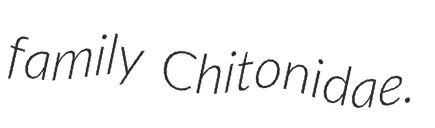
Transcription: family Chitonidae.